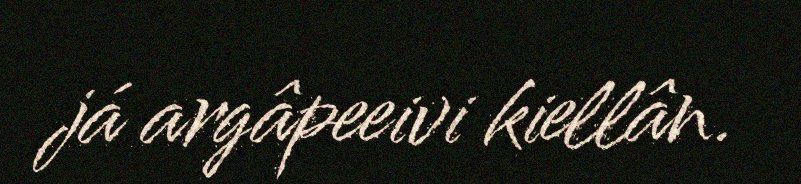
já argâpeeivi kiellân.